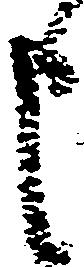
申